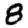
Digit: 8